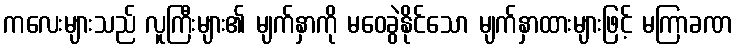
ကလေးများသည် လူကြီးများ၏ မျက်နှာကို မဝေခွဲနိုင်သော မျက်နှာထားများဖြင့် မကြာခဏ